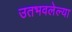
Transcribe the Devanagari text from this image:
उतभवलेल्या